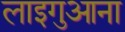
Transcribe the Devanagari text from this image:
लाइगुआना